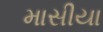
માસીયા